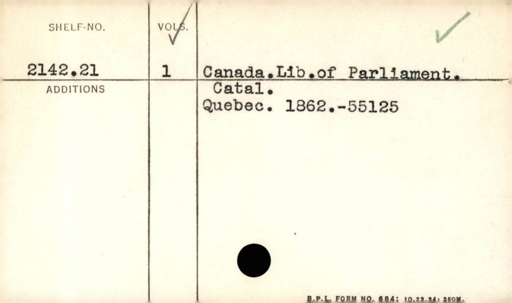
Label: content